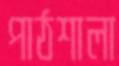
পাঠশালা